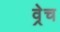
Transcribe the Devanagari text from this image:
व्रेच